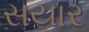
સયાર